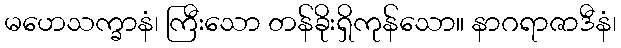
မဟေသက္ခာနံ၊ ကြီးသော တန်ခိုးရှိကုန်သော။ နာဂရာဇာဒီနံ၊